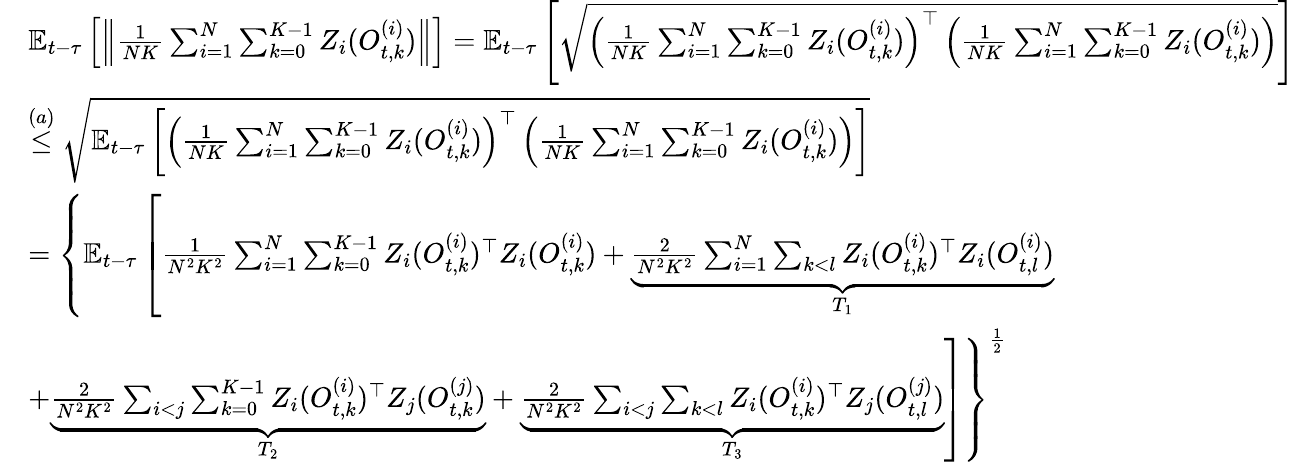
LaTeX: \begin{array}{rl}&{\mathbb{E}_{t-\tau}\left[\left\| \frac{1}{NK}\sum_{i=1}^{N}\sum_{k=0}^{K-1}Z_{i}(O_{t,k}^{(i)})\right\| \right]=\mathbb{E}_{t-\tau}\left[\sqrt{\left(\frac{1}{NK}\sum_{i=1}^{N}\sum_{k=0}^{K-1}Z_{i}(O_{t,k}^{(i)})\right)^{\top}\left(\frac{1}{NK}\sum_{i=1}^{N}\sum_{k=0}^{K-1}Z_{i}(O_{t,k}^{(i)})\right)}\right]}\\ &{\stackrel{(a)}{\leq}\sqrt{\mathbb{E}_{t-\tau}\left[\left(\frac{1}{NK}\sum_{i=1}^{N}\sum_{k=0}^{K-1}Z_{i}(O_{t,k}^{(i)})\right)^{\top}\left(\frac{1}{NK}\sum_{i=1}^{N}\sum_{k=0}^{K-1}Z_{i}(O_{t,k}^{(i)})\right)\right]}}\\ &{=\left\{ \mathbb{E}_{t-\tau}\left[\frac{1}{N^{2}K^{2}}\sum_{i=1}^{N}\sum_{k=0}^{K-1}Z_{i}(O_{t,k}^{(i)})^{\top}Z_{i}(O_{t,k}^{(i)})+\underbrace{\frac{2}{N^{2}K^{2}}\sum_{i=1}^{N}\sum_{k<l}Z_{i}(O_{t,k}^{(i)})^{\top}Z_{i}(O_{t,l}^{(i)})}_{T_{1}}\right.\right.}\\ &{\left.\left.+\underbrace{\frac{2}{N^{2}K^{2}}\sum_{i<j}\sum_{k=0}^{K-1}Z_{i}(O_{t,k}^{(i)})^{\top}Z_{j}(O_{t,k}^{(j)})}_{T_{2}}+\underbrace{\frac{2}{N^{2}K^{2}}\sum_{i<j}\sum_{k<l}Z_{i}(O_{t,k}^{(i)})^{\top}Z_{j}(O_{t,l}^{(j)})}_{T_{3}}\right]\right\} ^{\frac{1}{2}}}\end{array}